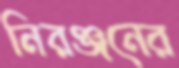
নিরঞ্জনের